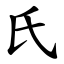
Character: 氏